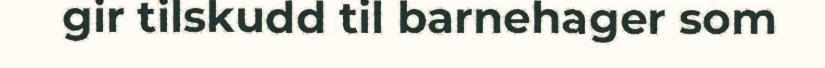
gir tilskudd til barnehager som